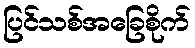
ပြင်သစ်အခြေစိုက်